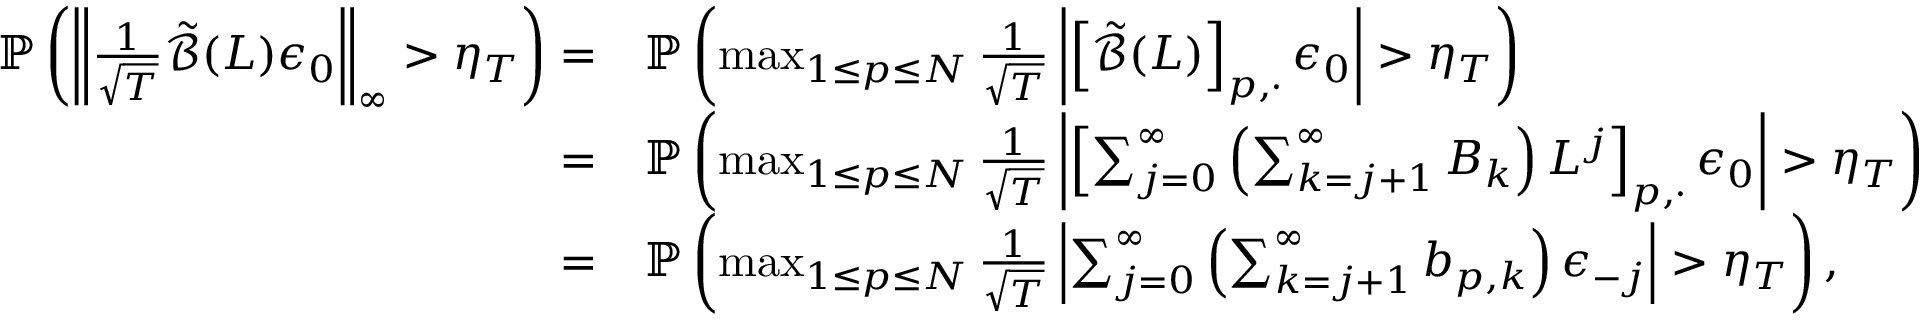
\begin{array} { r l } { \mathbb { P } \left( \left\lVert \frac { 1 } { \sqrt { T } } \tilde { \mathcal { B } } ( L ) \boldsymbol { \epsilon } _ { 0 } \right\rVert _ { \infty } > \eta _ { T } \right) = } & { \mathbb { P } \left( \operatorname* { m a x } _ { 1 \leq p \leq N } \frac { 1 } { \sqrt { T } } \left\lvert \left[ \tilde { \mathcal { B } } ( L ) \right] _ { p , \cdot } \boldsymbol { \epsilon } _ { 0 } \right\rvert > \eta _ { T } \right) } \\ { = } & { \mathbb { P } \left( \operatorname* { m a x } _ { 1 \leq p \leq N } \frac { 1 } { \sqrt { T } } \left\lvert \left[ \sum _ { j = 0 } ^ { \infty } \left( \sum _ { k = j + 1 } ^ { \infty } \boldsymbol { B } _ { k } \right) L ^ { j } \right] _ { p , \cdot } \boldsymbol { \epsilon } _ { 0 } \right\rvert > \eta _ { T } \right) } \\ { = } & { \mathbb { P } \left( \operatorname* { m a x } _ { 1 \leq p \leq N } \frac { 1 } { \sqrt { T } } \left\lvert \sum _ { j = 0 } ^ { \infty } \left( \sum _ { k = j + 1 } ^ { \infty } \boldsymbol { b } _ { p , k } \right) \boldsymbol { \epsilon } _ { - j } \right\rvert > \eta _ { T } \right) , } \end{array}